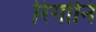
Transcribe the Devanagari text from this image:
रिगोनि